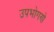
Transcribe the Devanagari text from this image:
उपभोगणे